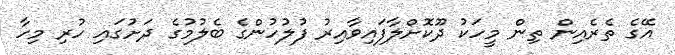
އޭގެ ތެރެއިން ތިން މީހަކު ދޫކޮށްލާފައިވާއިރު ފުލުހުންގެ ބެލުމުގެ ދަށުގައި ހުރި މިހާ